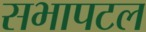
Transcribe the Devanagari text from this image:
सभापटल